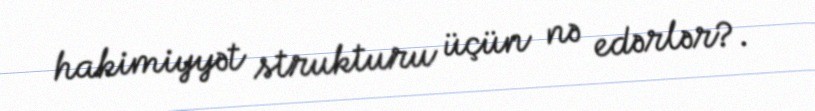
hakimiyyət strukturu üçün nə edərlər?.